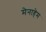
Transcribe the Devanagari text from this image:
मेनाहेम